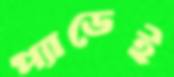
প্যাডেই